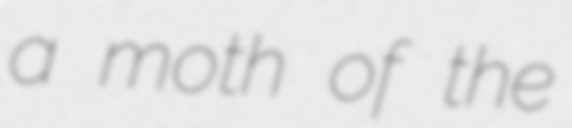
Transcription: a moth of the